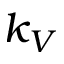
k _ { V }